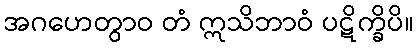
အဂဟေတွာဝ တံ ဣသိဘာဝံ ပဋိက္ခိပိ။